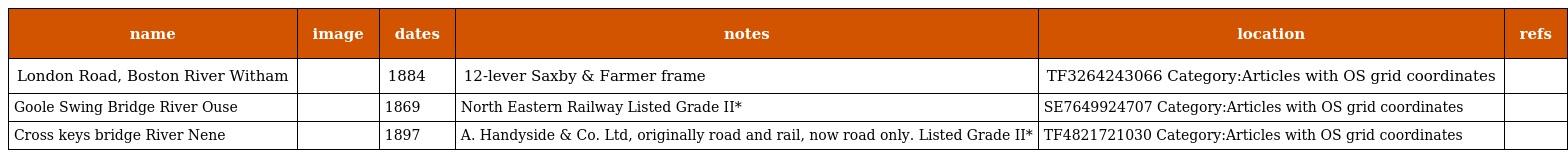
| name | image | dates | notes | location | refs |
 | --- | --- | --- | --- | --- | --- |
 | London Road, Boston River Witham |  | 1884 | 12-lever Saxby & Farmer frame | TF3264243066 Category:Articles with OS grid coordinates |  |
 | Goole Swing Bridge River Ouse |  | 1869 | North Eastern Railway Listed Grade II* | SE7649924707 Category:Articles with OS grid coordinates |  |
 | Cross keys bridge River Nene |  | 1897 | A. Handyside & Co. Ltd, originally road and rail, now road only. Listed Grade II* | TF4821721030 Category:Articles with OS grid coordinates |  |